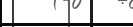
-